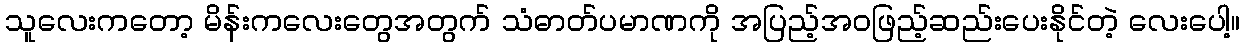
သူလေးကတော့ မိန်းကလေးတွေအတွက် သံဓာတ်ပမာဏကို အပြည့်အဝဖြည့်ဆည်းပေးနိုင်တဲ့ လေးပေါ့။